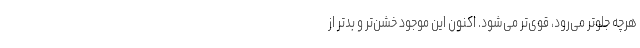
هرچه جلوتر می‌رود، قوی‌تر می‌شود. اکنون این موجودِ خشن‌تر و بدتر از